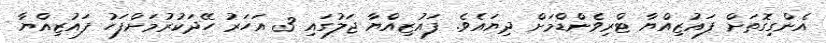
އެންގިގޮތަަށް ފައުޒިއްޔާ ޓްރިވެންޑްމަށް ދިޔައެވެ. ފައުޒިއްޔާ ޖަލުގައި 3 އަހަރު ހޭދަކުރުމަށްފަހު ފައުޒިއްޔާ